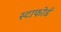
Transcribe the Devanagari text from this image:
स्टाफोर्ड